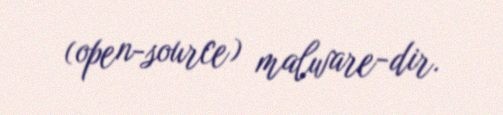
(open-source) malware-dir.